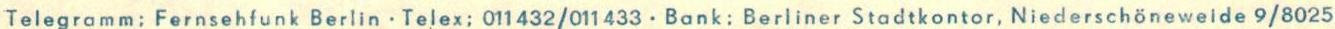
Telegramm: Fernsehfunk Berlin - Telex: 011432/011433. Bank: Berliner Stadtkontor, Niederschöneweide 9/8025